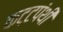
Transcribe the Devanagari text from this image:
कट्टपंथी